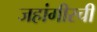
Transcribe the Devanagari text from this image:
जहांगीरची